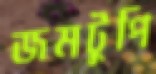
জমটুপি